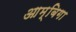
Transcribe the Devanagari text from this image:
आम्बिगा